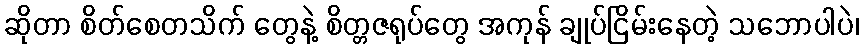
ဆိုတာ စိတ်စေတသိက် တွေနဲ့ စိတ္တဇရုပ်တွေ အကုန် ချုပ်ငြိမ်းနေတဲ့ သဘောပါပဲ၊